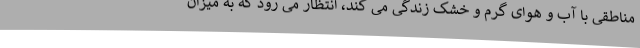
مناطقی با آب و هوای گرم و خشک زندگی می کند، انتظار می رود که به میزان